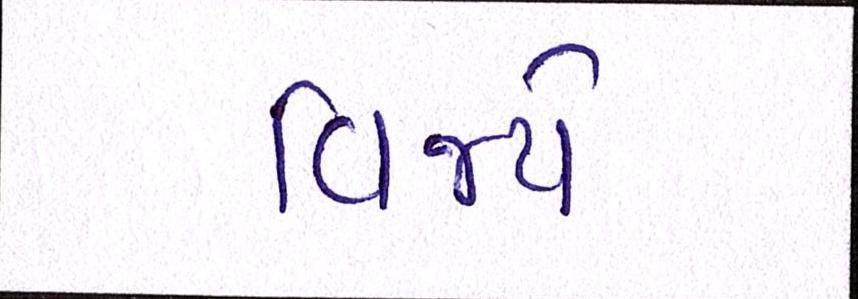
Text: વિજયે